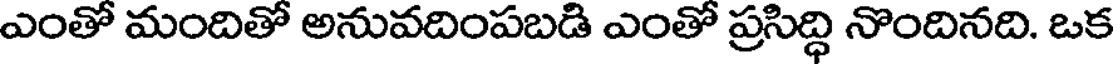
ఎంతో మందితో అనువదింపబడి ఎంతో ప్రసిద్ధి నొందినది. ఒక